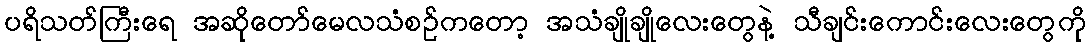
ပရိသတ်ကြီးရေ အဆိုတော်မေလသံစဉ်ကတော့ အသံချိုချိုလေးတွေနဲ့ သီချင်းကောင်းလေးတွေကို